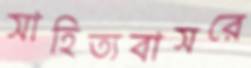
সাহিত্যবাসরে